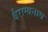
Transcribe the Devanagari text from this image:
वैराग्यनाथ